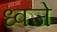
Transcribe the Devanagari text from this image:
ध्वजे